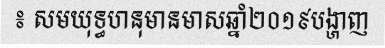
៖ សមយុទ្ធហនុមានមាសឆ្នាំ២០១៩បង្ហាញ